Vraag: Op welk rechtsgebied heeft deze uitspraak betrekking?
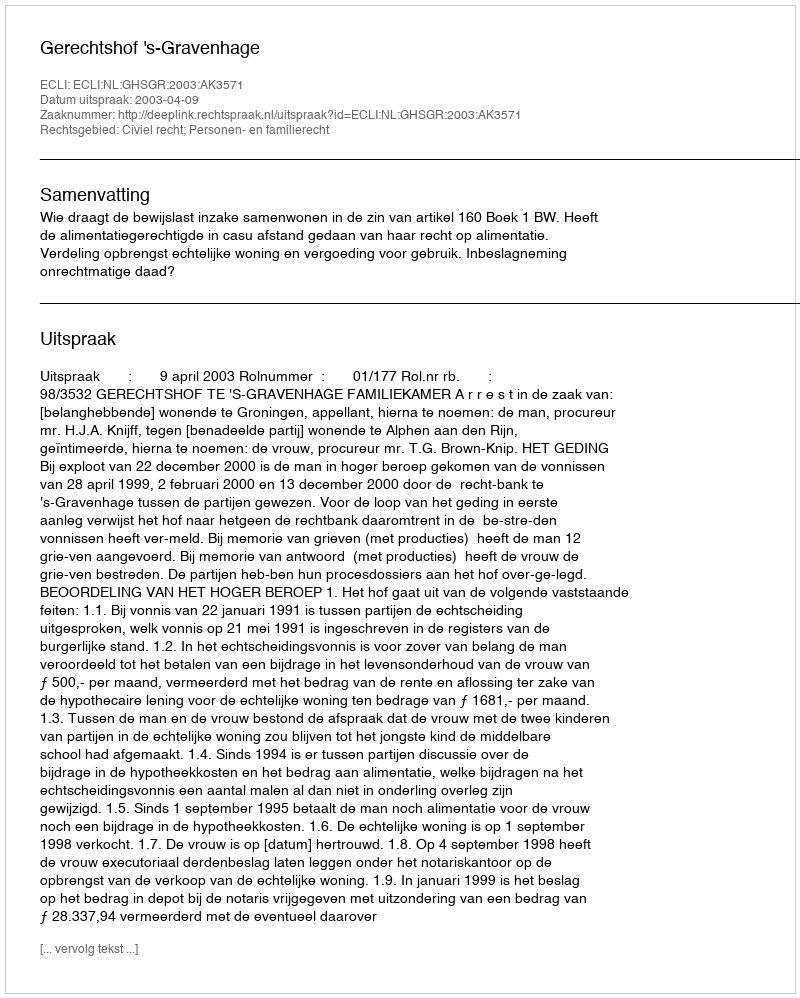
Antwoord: Civiel recht; Personen- en familierecht